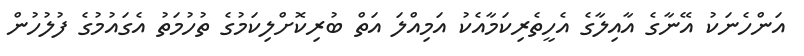
އަންހެނަކު އޭނާގެ އާއިލާގެ އެހީތެރިކަމާއެކު އަމިއްލަ އަތް ބުރިކޮށްލިކަމުގެ ތުހުމަތު އެގައުމުގެ ފުލުހުން